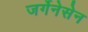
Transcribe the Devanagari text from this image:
जर्गेनेसेन